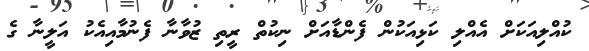
ކުއްލިއަކަށް އެއްލި ކަޅިއަކުން ފެންޑާއަށް ނިކުތް ރީތި ޒުވާނާ ފެނުމާއިއެކު އަލީނާ ގެ